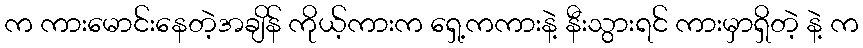
က ကားမောင်းနေတဲ့အချိန် ကိုယ့်ကားက ရှေ့ကကားနဲ့ နီးသွားရင် ကားမှာရှိတဲ့ နဲ့ က